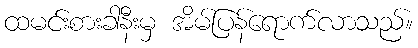
ထမင်းစားခါနီးမှ အိမ်ပြန်ရောက်လာသည်။